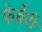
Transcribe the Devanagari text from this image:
फेर्बेरी